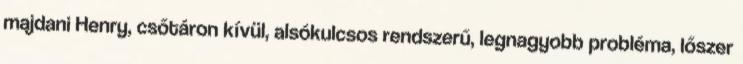
majdani Henry, csőtáron kívül, alsókulcsos rendszerű, legnagyobb probléma, lőszer